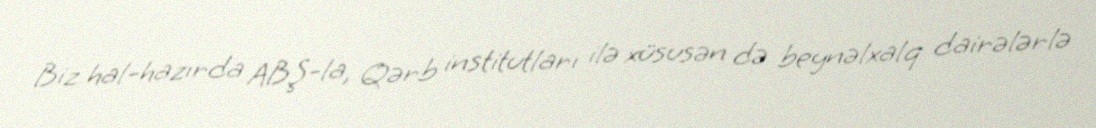
Biz hal-hazırda ABŞ-la, Qərb institutları ilə xüsusən də beynəlxalq dairələrlə